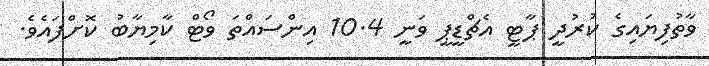
ވާތުފިޔައިގެ ކުރުދީ ޕާޓީ އެޗްޑީޕީ ވަނީ 10.4 އިންސައްތަ ވޯޓް ކާމިޔާބު ކޮށްފައެވެ.